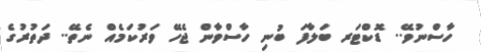
ހާސްނުވޭ.. ޑޮކްޓަރ ބަލާފަ ބުނި ހާސްވާން ޖެހޭ ވަރުކަމެއް ނެތޭ.. ދަތުރުގެ